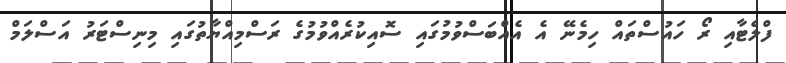
ފްލެޓާއި ރޯ ހައުސްތައް ހިމެނޭ އެ އެއްބަސްވުމުގައި ސޮއިކުރެއްވުމުގެ ރަސްމިއްޔާތުގައި މިނިސްޓަރު އަސްލަމް